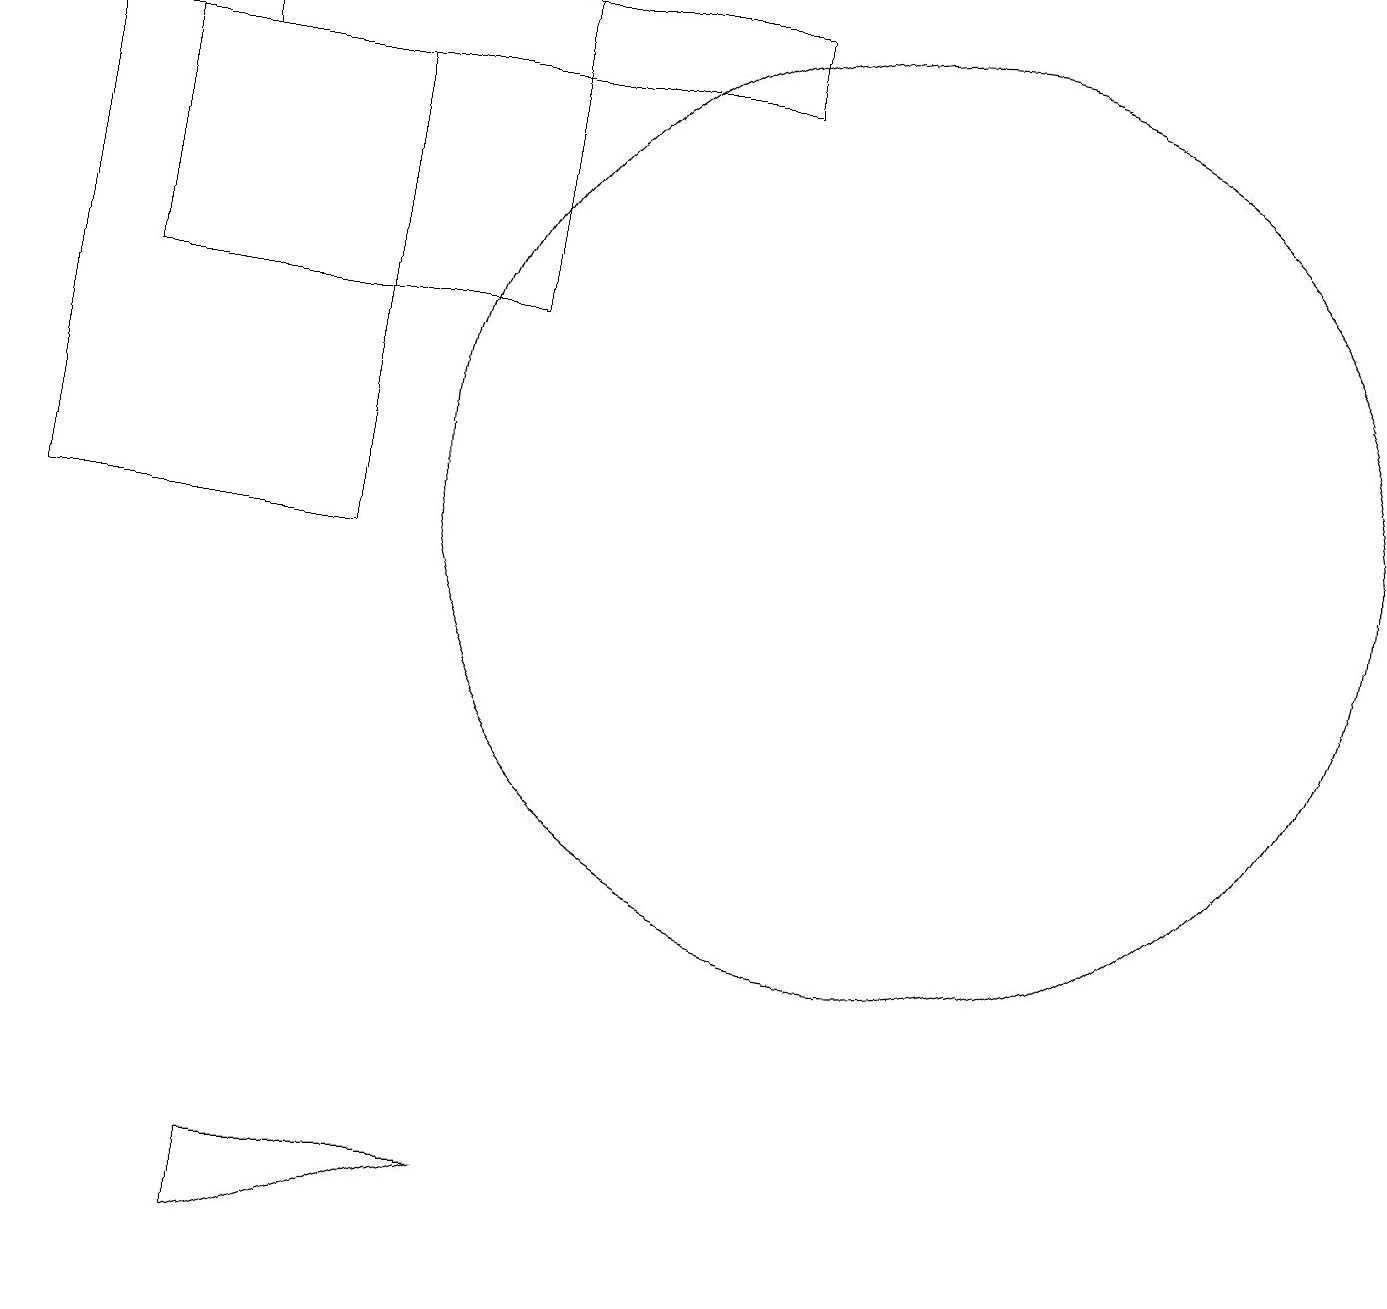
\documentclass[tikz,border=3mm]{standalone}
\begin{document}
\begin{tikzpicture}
\draw (9,17) rectangle (2,16);
\draw (11,11) circle (6);
\draw (3,1) -- (3,2) -- (6,2) -- cycle;
\draw (4,16) rectangle (0,10);
\draw (1,17) rectangle (6,13);
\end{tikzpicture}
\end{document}